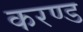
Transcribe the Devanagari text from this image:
करण्ड